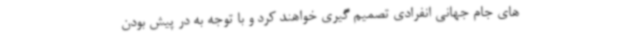
های جام جهانی انفرادی تصمیم گیری خواهند کرد و با توجه به در پیش بودن